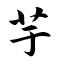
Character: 芋